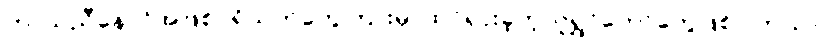
ဟာသညီနောင်အဖြစ်ပရိသတ်တွေကြားမှာထင်ရှားခဲ့တဲ့လူရွှင်တော်တွေဖြစ်ပါတယ်။